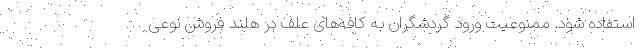
استفاده شود. ممنوعیت ورود گردشگران به کافه‌های علف در هلند فروش نوعی